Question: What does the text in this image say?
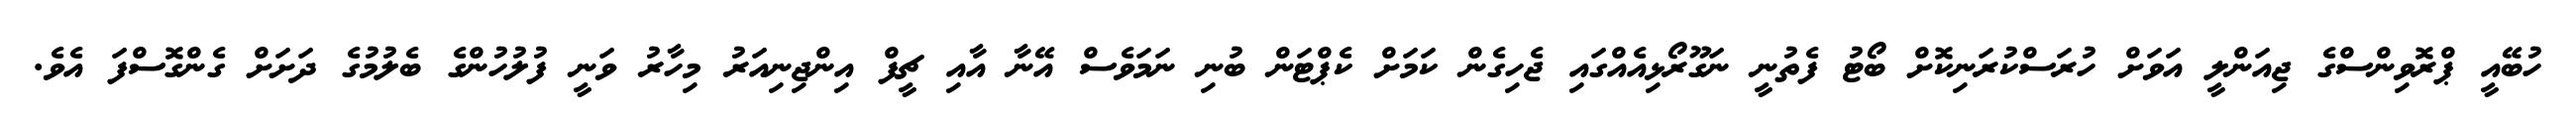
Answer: ހުބޭއީ ޕްރޮވިންސްގެ ޖިއަންލީ އަވަށް ހުރަސްކުރަނިކޮށް ބޯޓު ފެތުނީ ނަގޫރޯޅިއެއްގައި ޖެހިގެން ކަމަށް ކެޕްޓަން ބުނި ނަމަވެސް އޭނާ އާއި ޗީފް އިންޖިނިއަރު މިހާރު ވަނީ ފުލުހުންގެ ބެލުމުގެ ދަށަށް ގެންގޮސްފަ އެވެ.